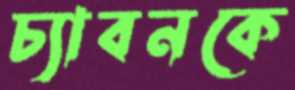
চ্যাবনকে